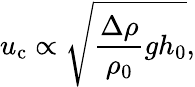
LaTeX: u_{\mathrm{c}}\propto\sqrt{\frac{\Delta\rho}{\rho_{0}}gh_{0}},